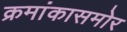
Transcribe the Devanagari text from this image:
क्रमांकासमोर